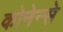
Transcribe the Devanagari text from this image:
कोनेन्से